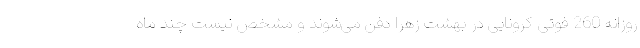
روزانه 260 فوتی کرونایی در بهشت زهرا دفن می‌شوند و مشخص نیست چند ماه